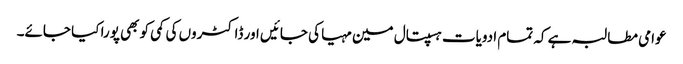
عوامی مطالبہ ہے کہ تمام ادویات ہسپتال مین مہیا کی جائیں اور ڈاکٹروں کی کمی کو بھی پورا کیا جائے۔